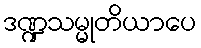
ဒဏ္ဍသမ္မုတိယာပေ